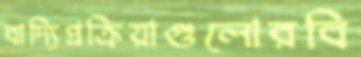
বাদ্যিপ্রক্রিয়াগুলোরবি